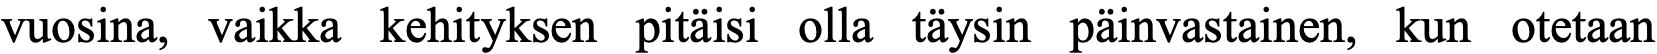
vuosina, vaikka kehityksen pitäisi olla täysin päinvastainen, kun otetaan